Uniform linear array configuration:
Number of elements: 24
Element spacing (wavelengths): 1
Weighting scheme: hann
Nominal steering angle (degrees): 60
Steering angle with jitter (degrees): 59.368
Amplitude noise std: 0.05
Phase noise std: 0.05

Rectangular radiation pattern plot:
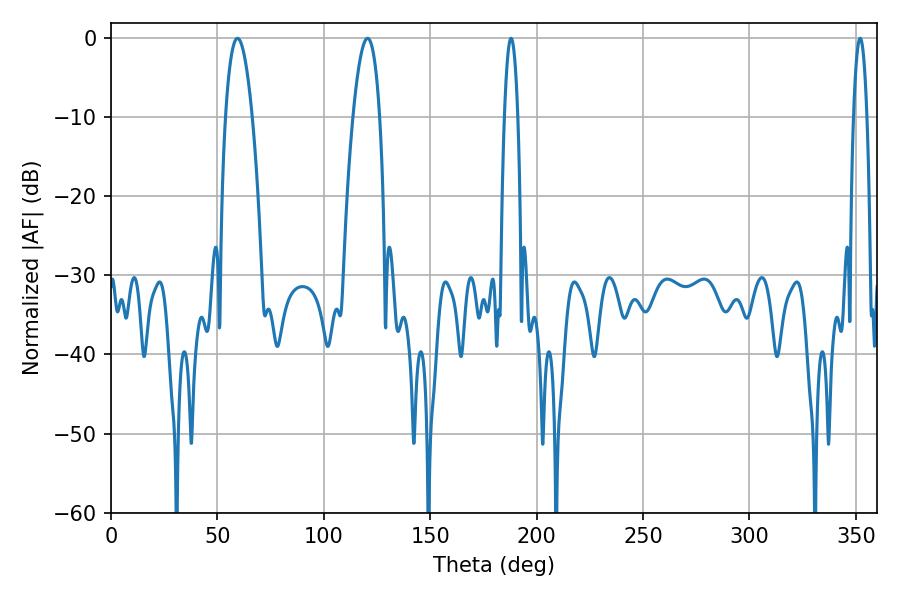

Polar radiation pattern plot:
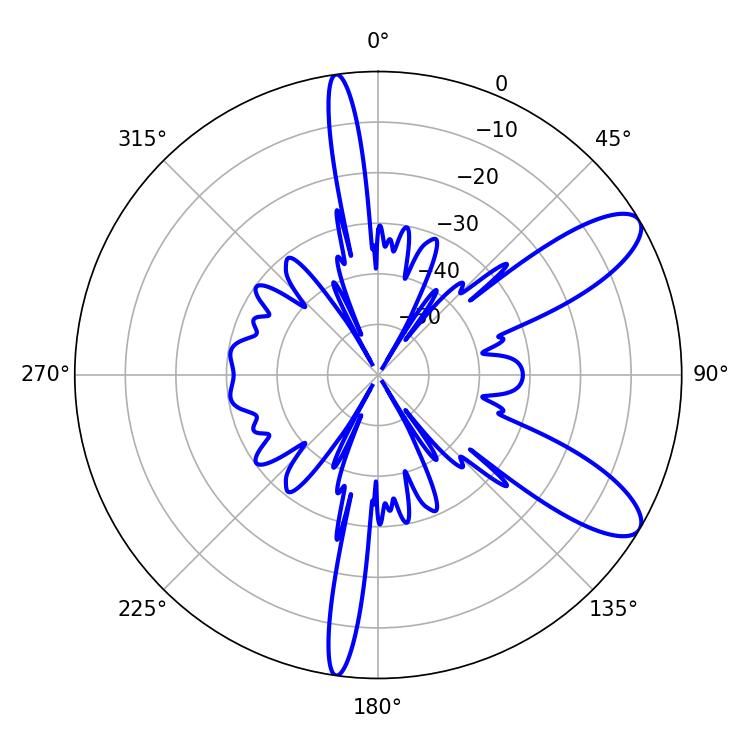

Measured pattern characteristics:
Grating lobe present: TRUE
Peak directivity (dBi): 9.871
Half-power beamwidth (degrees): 7.02
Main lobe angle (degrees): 59.4